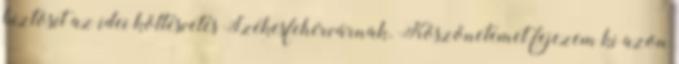
biztosít az idei költésvetés Székesfehérvárnak. Köszönetemet fejezem ki azon